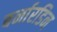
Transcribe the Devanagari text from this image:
बर्नारडिन